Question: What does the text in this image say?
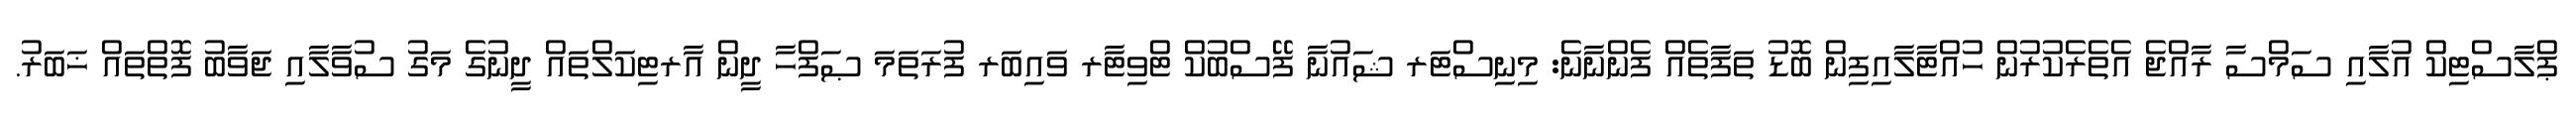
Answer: ޕްލާސްޓިކް އުލާއި ސަމްސާ ރާއްޖެ އެތެރެކުރުން ހުއްޓާލާއިފިން ބޮޑު ތަފާތެއް ފެންނާނެ: މިނިސްޓަރ ޝައުނާ ފޭސްބުކް ޓްވިޓާރ ވައިބަރ ފުރަތަމަ ޞަފްހާ ދީން އާރޓިކަލްތައް ދީނުގެ މަގު ސުވާލާއި ޖަވާބު ފޮތްތައް ޚަބަރު.